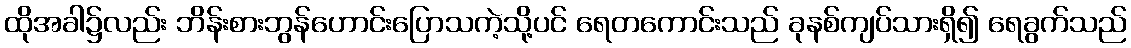
ထိုအခါ၌လည်း ဘိန်းစားဘွန်ဟောင်းပြောသကဲ့သို့ပင် ရေတကောင်းသည် ခုနစ်ကျပ်သားရှိ၍ ရေခွက်သည်